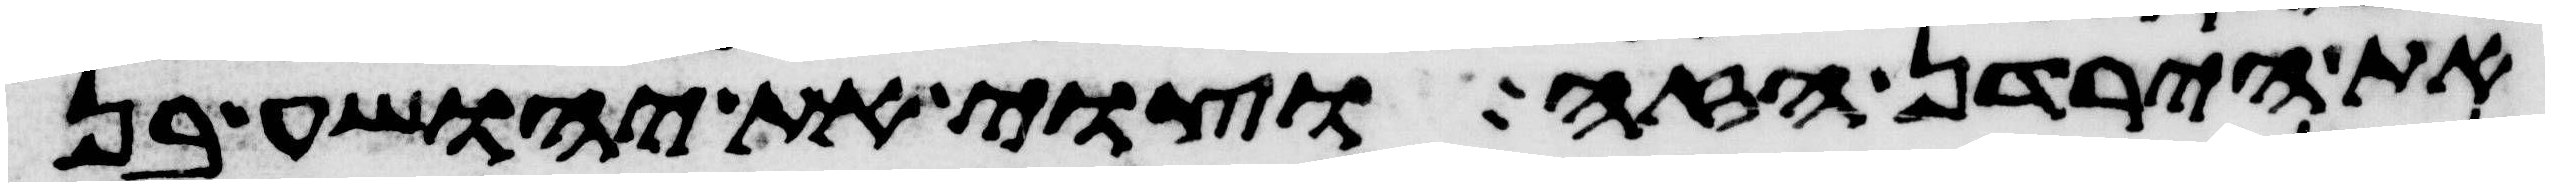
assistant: את הירדן הזה וצוי את יהושע בן